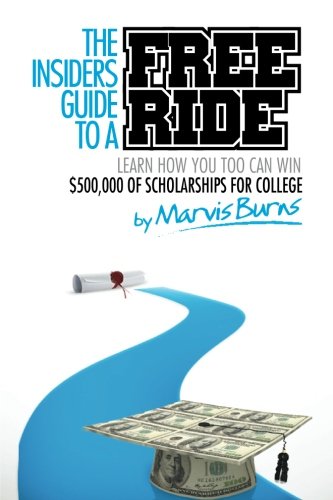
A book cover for The Insiders Guide to a Free Ride: Winning $500,000 of scholarships for college was easy, learn how; Mr. Marvis Burns; Education & Teaching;